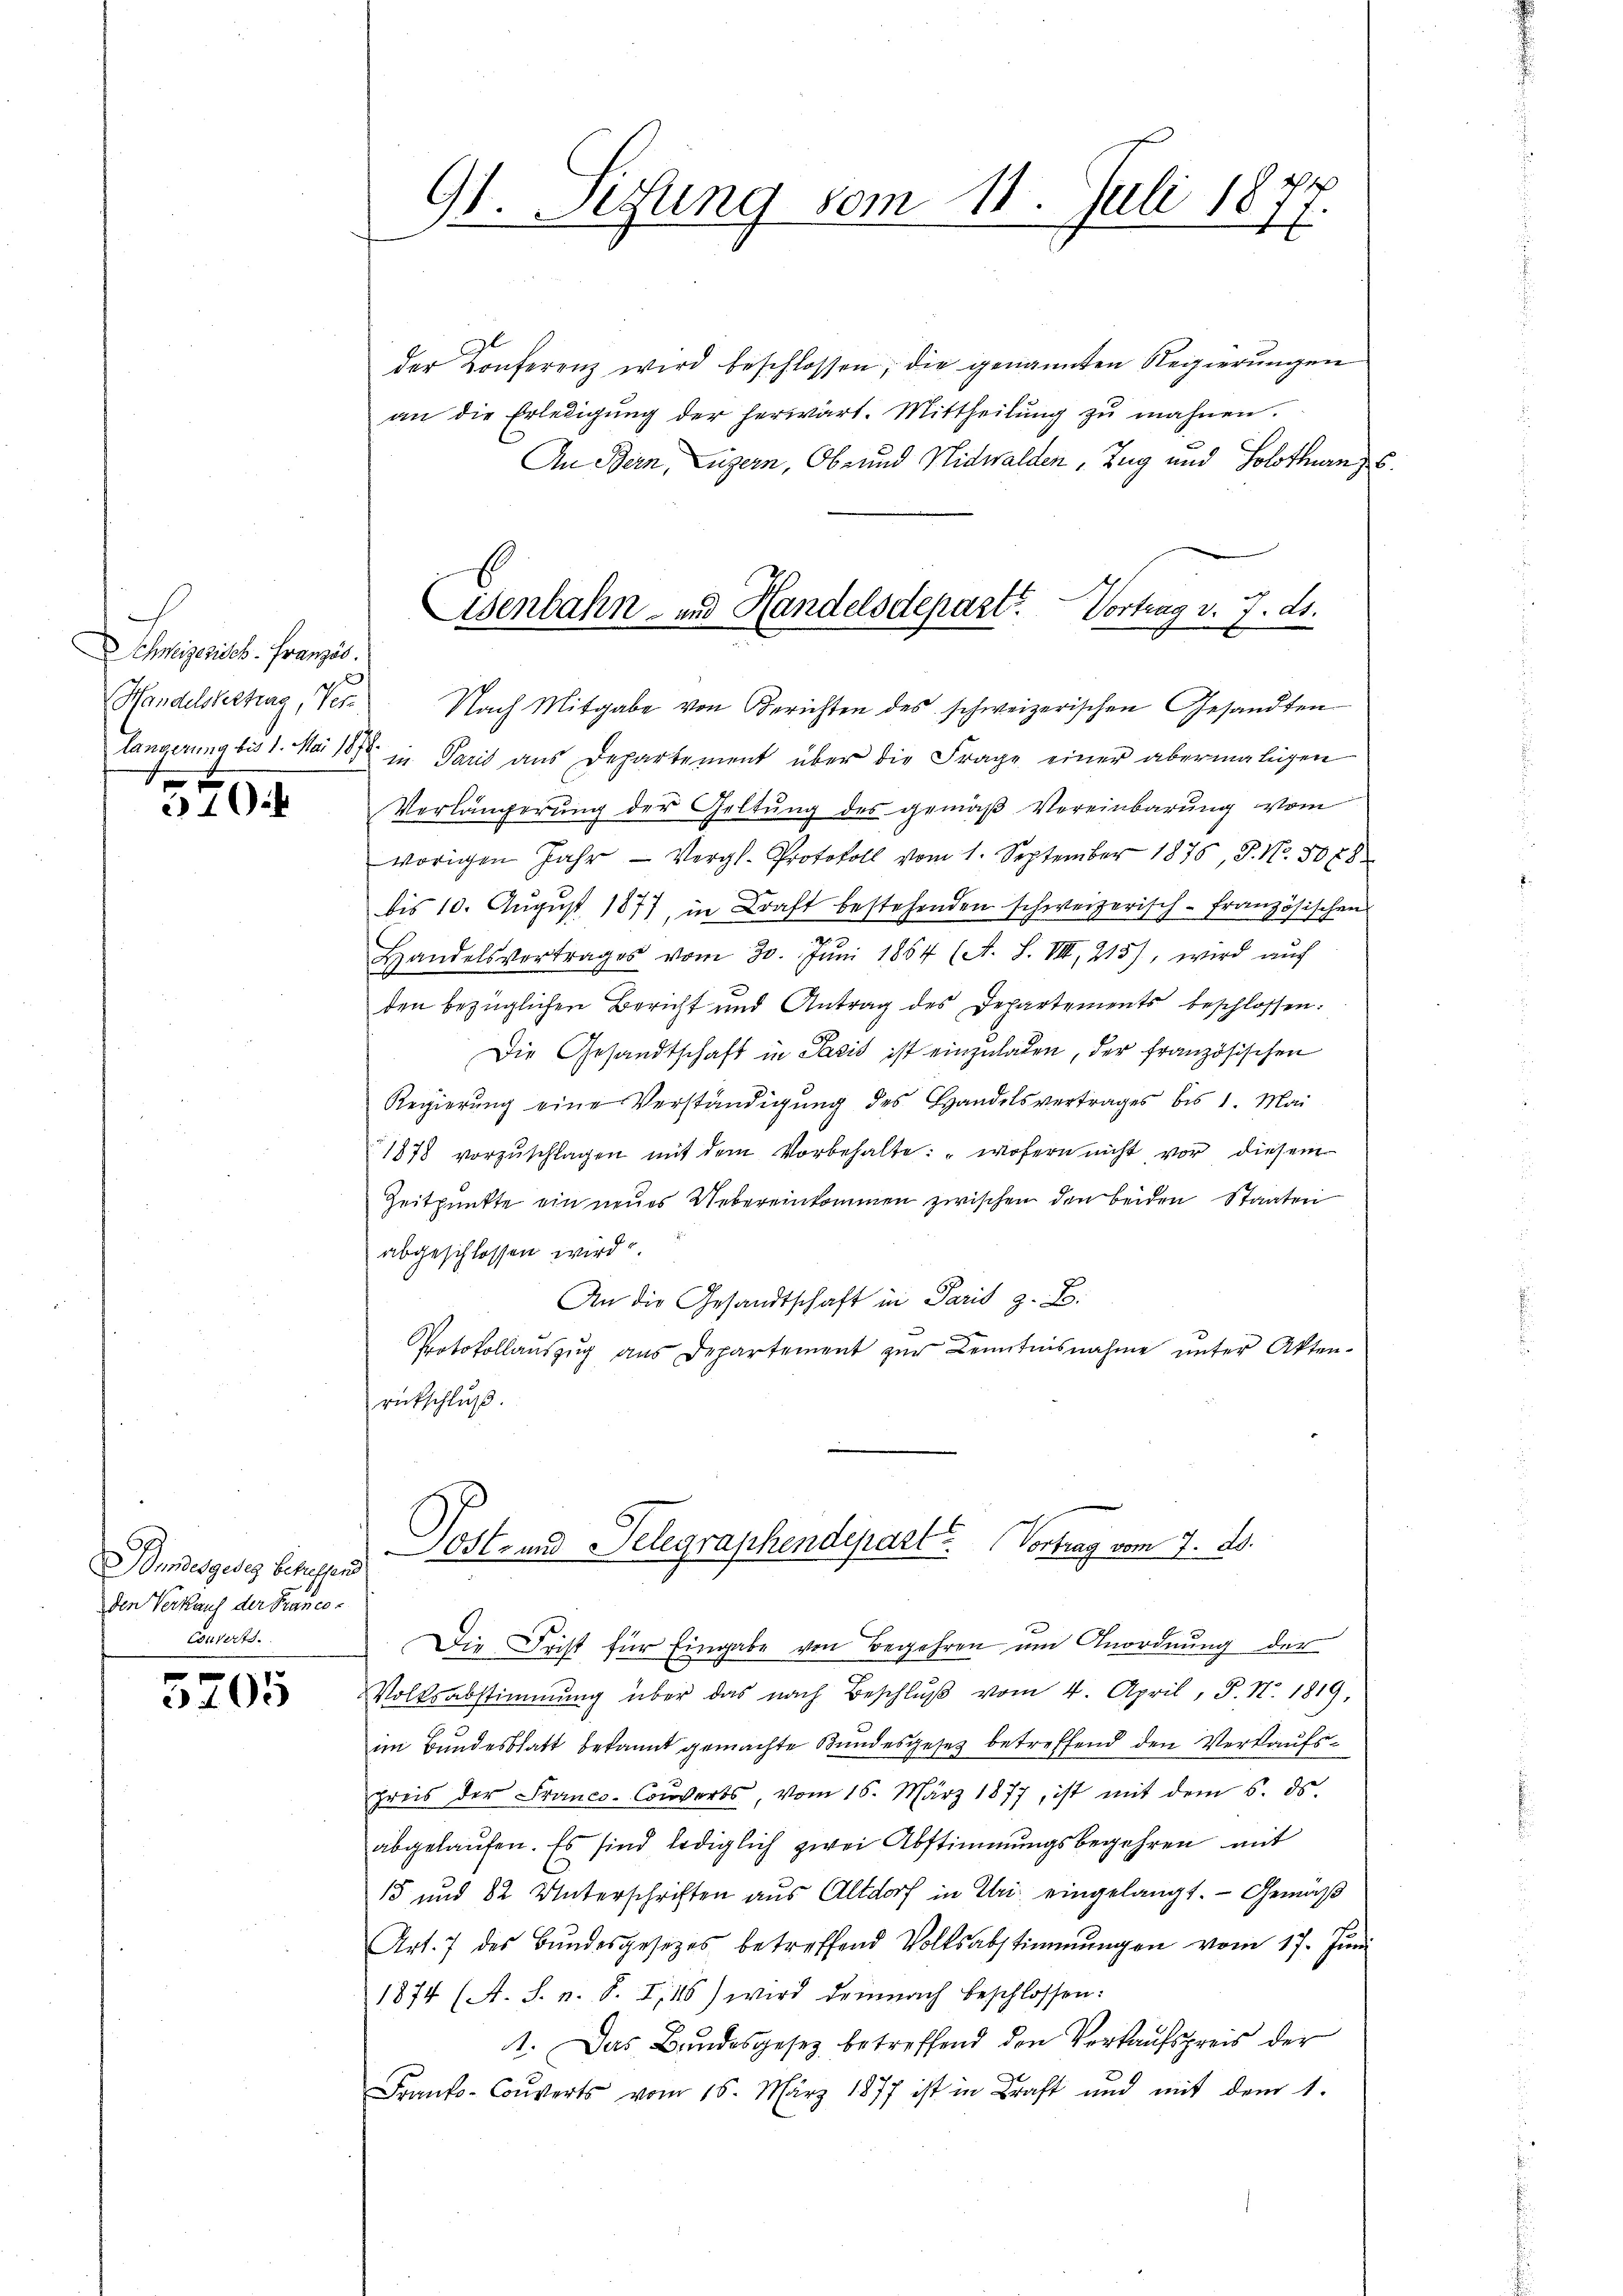
Schweizerisch. Französ.
Handelskettung, Verz
t

21

Bundesgeses betreffend
den Verkauf der Brance
Couverts.

31. 65

der Konferenz wird beschlossen, die genannten Regierungen
an die Erledigŭng der herwart. Mittheilŭng zŭ mahnen.
An Bern, Luzern, Ob- und Nidwalden, Zug und Solothurn s

91. Setzung vom 11. Juli 187

Eisenbahn- und Handelsdepart. Vortrag v. 7. ds.
Nach Mitgabe von Berichten des schweizerischen Gesandten

Längerung bis 1. Mai 187 in Paris ans Departement über die Frage einer abermaligen
Verlängerung der Geltung des gemäß Vereinbarung vom
vorigen Jahr - Vergl. Protokoll vom 1. September 1875, S. Nr. 5078
bis 10. August 1877, in Kraft bestehenden schweizerisch-Französischen
Handelsvertrages vom 30. Jŭni 1864 (A. S. VIII, 215), wird aŭf
den bezüglichen Bericht und Antrag des Departements beschlossen:
Die Gesandtschaft in Pasis ist einzuladen, der französischen
Regierŭng eine Verständigŭng des Handelsvertrages bis 1. Mai
1878 vorzŭschlagen mit dem Vorbehalte: "wofern nicht vor diesem
Zeitpunkte ein neues Uebereinkommen zwischen den beiden Staaten
abgeschlossen wird
An die Gesandtschaft in Paris z. B.
Protokollaŭszŭg aŭs Departement zŭr Kenntnisnahme ŭnter Akten-
rückschluß.

Post- und Telegraphendepart u. Vortrag vom 7. ds.

Die Frist für Eingabe von Begehren um Anordnung der
Volksabstimmung über das nach Beschlŭβ vom 4. April, P. Nr. 1819,
im Bundesblatt bekannt gemachte Bundesgesetz betreffend den Verkaufspreis der Franco-Couverts, vom 16. März 1877, ist mit dem 5. ds.
abgelaufen. Es sind lediglich zwei Abstimmungsbegehren mit
15 und 82 Unterschriften aus Altdorf in Uri eingelangt. — Gemäß
Art. 7 des Bŭndesgesetzes betreffend Volksabstimmungen vom 17. Juni
1874 (A. S. n. S. I,18) wird demnach beschlossen:
1. Das Bundesgesetz betreffend den Verkaufspreis der
Franko-Couverts vom 15. März 1877 ist in Kraft und mit dem 1.